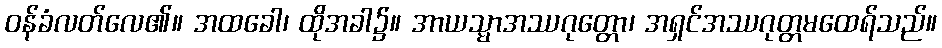
ဝန်ခံလတ်လေ၏။ အထခေါ၊ ထိုအခါ၌။ အာယသ္မာအဿဂုတ္တော၊ အရှင်အဿဂုတ္တမထေရ်သည်။